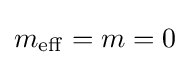
m_{\mathrm {eff} }=m=0